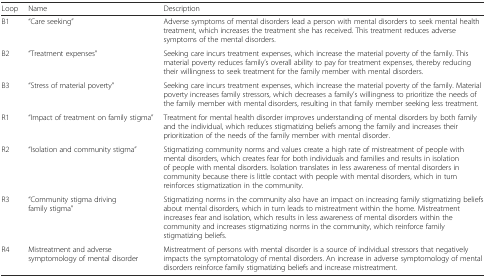
| Loop | Name | Description |
 | --- | --- | --- |
 | B1 | “Care seeking” | Adverse symptoms of mental disorders lead a person with mental disorders to seek mental health treatment, which increases the treatment she has received. This treatment reduces adverse symptoms of the mental disorders. |
 | B2 | “Treatment expenses” | Seeking care incurs treatment expenses, which increase the material poverty of the family. This material poverty reduces family’s overall ability to pay for treatment expenses, thereby reducing their willingness to seek treatment for the family member with mental disorders. |
 | B3 | “Stress of material poverty” | Seeking care incurs treatment expenses, which increase the material poverty of the family. Material poverty increases family stressors, which decreases a family’s willingness to prioritize the needs of the family member with mental disorders, resulting in that family member seeking less treatment. |
 | R1 | “Impact of treatment on family stigma” | Treatment for mental health disorder improves understanding of mental disorders by both family and the individual, which reduces stigmatizing beliefs among the family and increases their prioritization of the needs of the family member with mental disorder. |
 | R2 | “Isolation and community stigma” | Stigmatizing community norms and values create a high rate of mistreatment of people with mental disorders, which creates fear for both individuals and families and results in isolation of people with mental disorders. Isolation translates in less awareness of mental disorders in community because there is little contact with people with mental disorders, which in turn reinforces stigmatization in the community. |
 | R3 | “Community stigma driving family stigma” | Stigmatizing norms in the community also have an impact on increasing family stigmatizing beliefs about mental disorders, which in turn leads to mistreatment within the home. Mistreatment increases fear and isolation, which results in less awareness of mental disorders within the community and increases stigmatizing norms in the community, which reinforce family stigmatizing beliefs. |
 | R4 | Mistreatment and adverse symptomology of mental disorder | Mistreatment of persons with mental disorder is a source of individual stressors that negatively impacts the symptomatology of mental disorders. An increase in adverse symptomology of mental disorders reinforce family stigmatizing beliefs and increase mistreatment. |